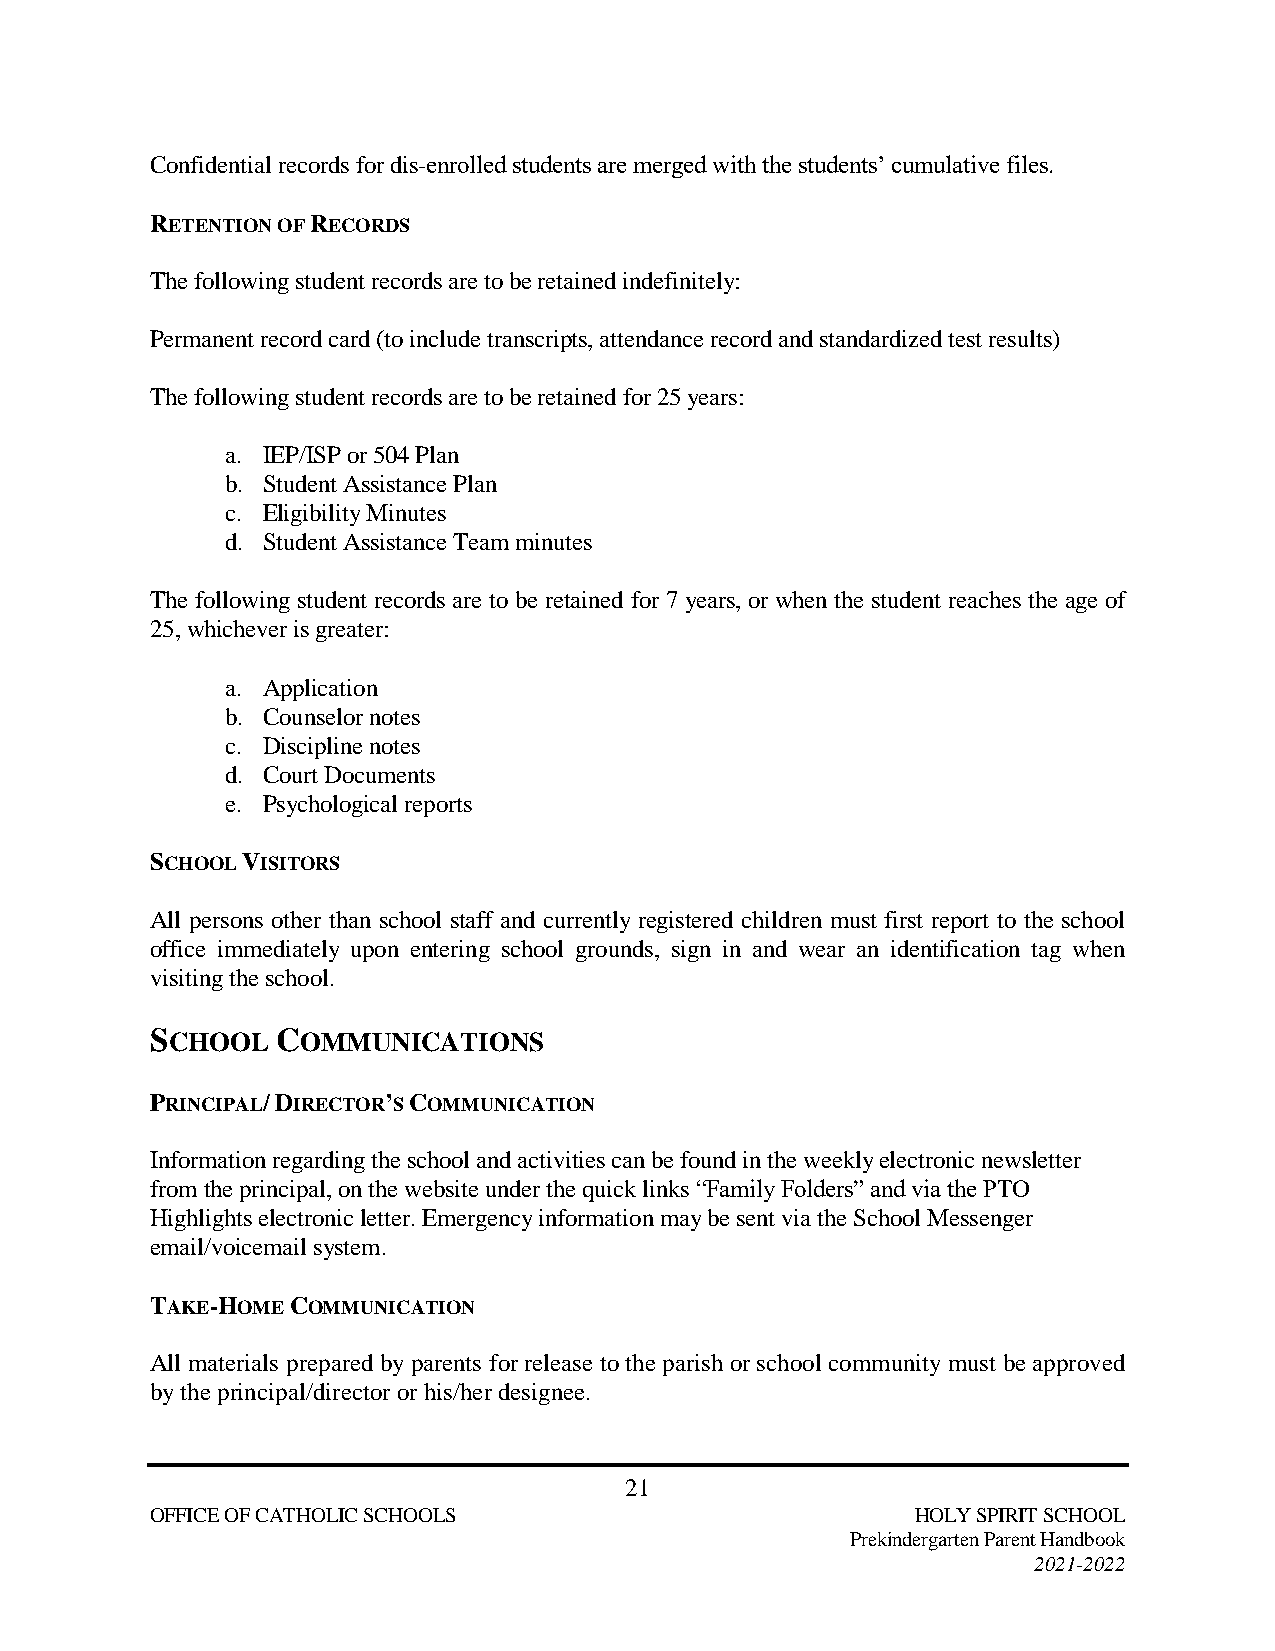
Confidential records for dis-enrolled students are merged with the students’ cumulative files.
 RETENTION OF RECORDS
 The following student records are to be retained indefinitely:
 Permanent record card (to include transcripts, attendance record and standardized test results)
 The following student records are to be retained for 25 years:
 a. IEP/ISP or 504 Plan
 b. Student Assistance Plan
 c. Eligibility Minutes
 d. Student Assistance Team minutes
 The following student records are to be retained for 7 years, or when the student reaches the age of
 25, whichever is greater:
 a. Application
 b. Counselor notes
 c. Discipline notes
 d. Court Documents
 e. Psychological reports
 SCHOOL VISITORS
 All persons other than school staff and currently registered children must first report to the school
 office immediately upon entering school grounds, sign in and wear an identification tag when
 visiting the school.
 SCHOOL  COMMUNICATIONS
 PRINCIPAL/ DIRECTOR’S COMMUNICATION
 Information regarding the school and activities can be found in the weekly electronic newsletter
 from the principal, on the website under the quick links “Family Folders” and via the PTO
 Highlights electronic letter. Emergency information may be sent via the School Messenger
 email/voicemail system.
 TAKE-HOME COMMUNICATION
 All materials prepared by parents for release to the parish or school community must be approved
 by the principal/director or his/her designee.
 21
 OFFICE OF CATHOLIC SCHOOLS                         HOLY SPIRIT SCHOOL
 Prekindergarten Parent Handbook
 2021-2022